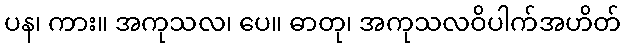
ပန၊ ကား။ အကုသလ၊ ပေ။ ဓာတု၊ အကုသလဝိပါက်အဟိတ်